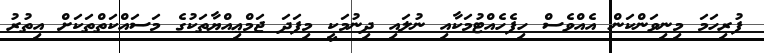
ފުރިހަމަ މިނިވަންކަން އެއްވެސް ހިފެހެއްޓުމަކާއި ނުލައި ދިނުމަކީ މިފަދަ ޖަމްޢިއްޔާތަކުގެ މަސައްކަތްތަކަށް އިތުރު